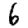
Digit: 6